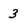
Character: 3